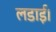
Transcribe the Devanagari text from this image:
लडाई।